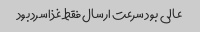
عالی بود سرعت ارسال فقط غذا سرد بود